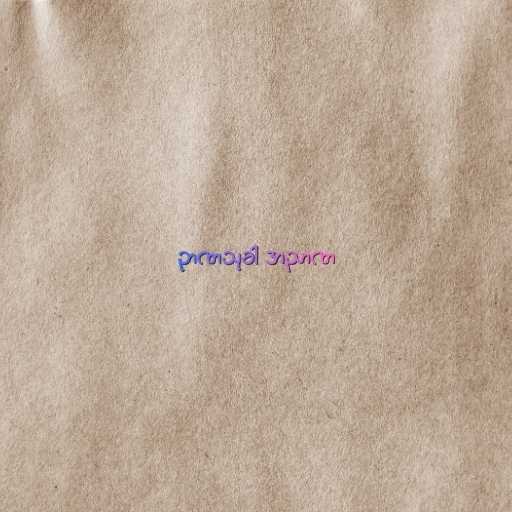
ဉာဏသုခါ အညာဏ